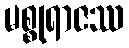
မစ္စုရာဇဿ